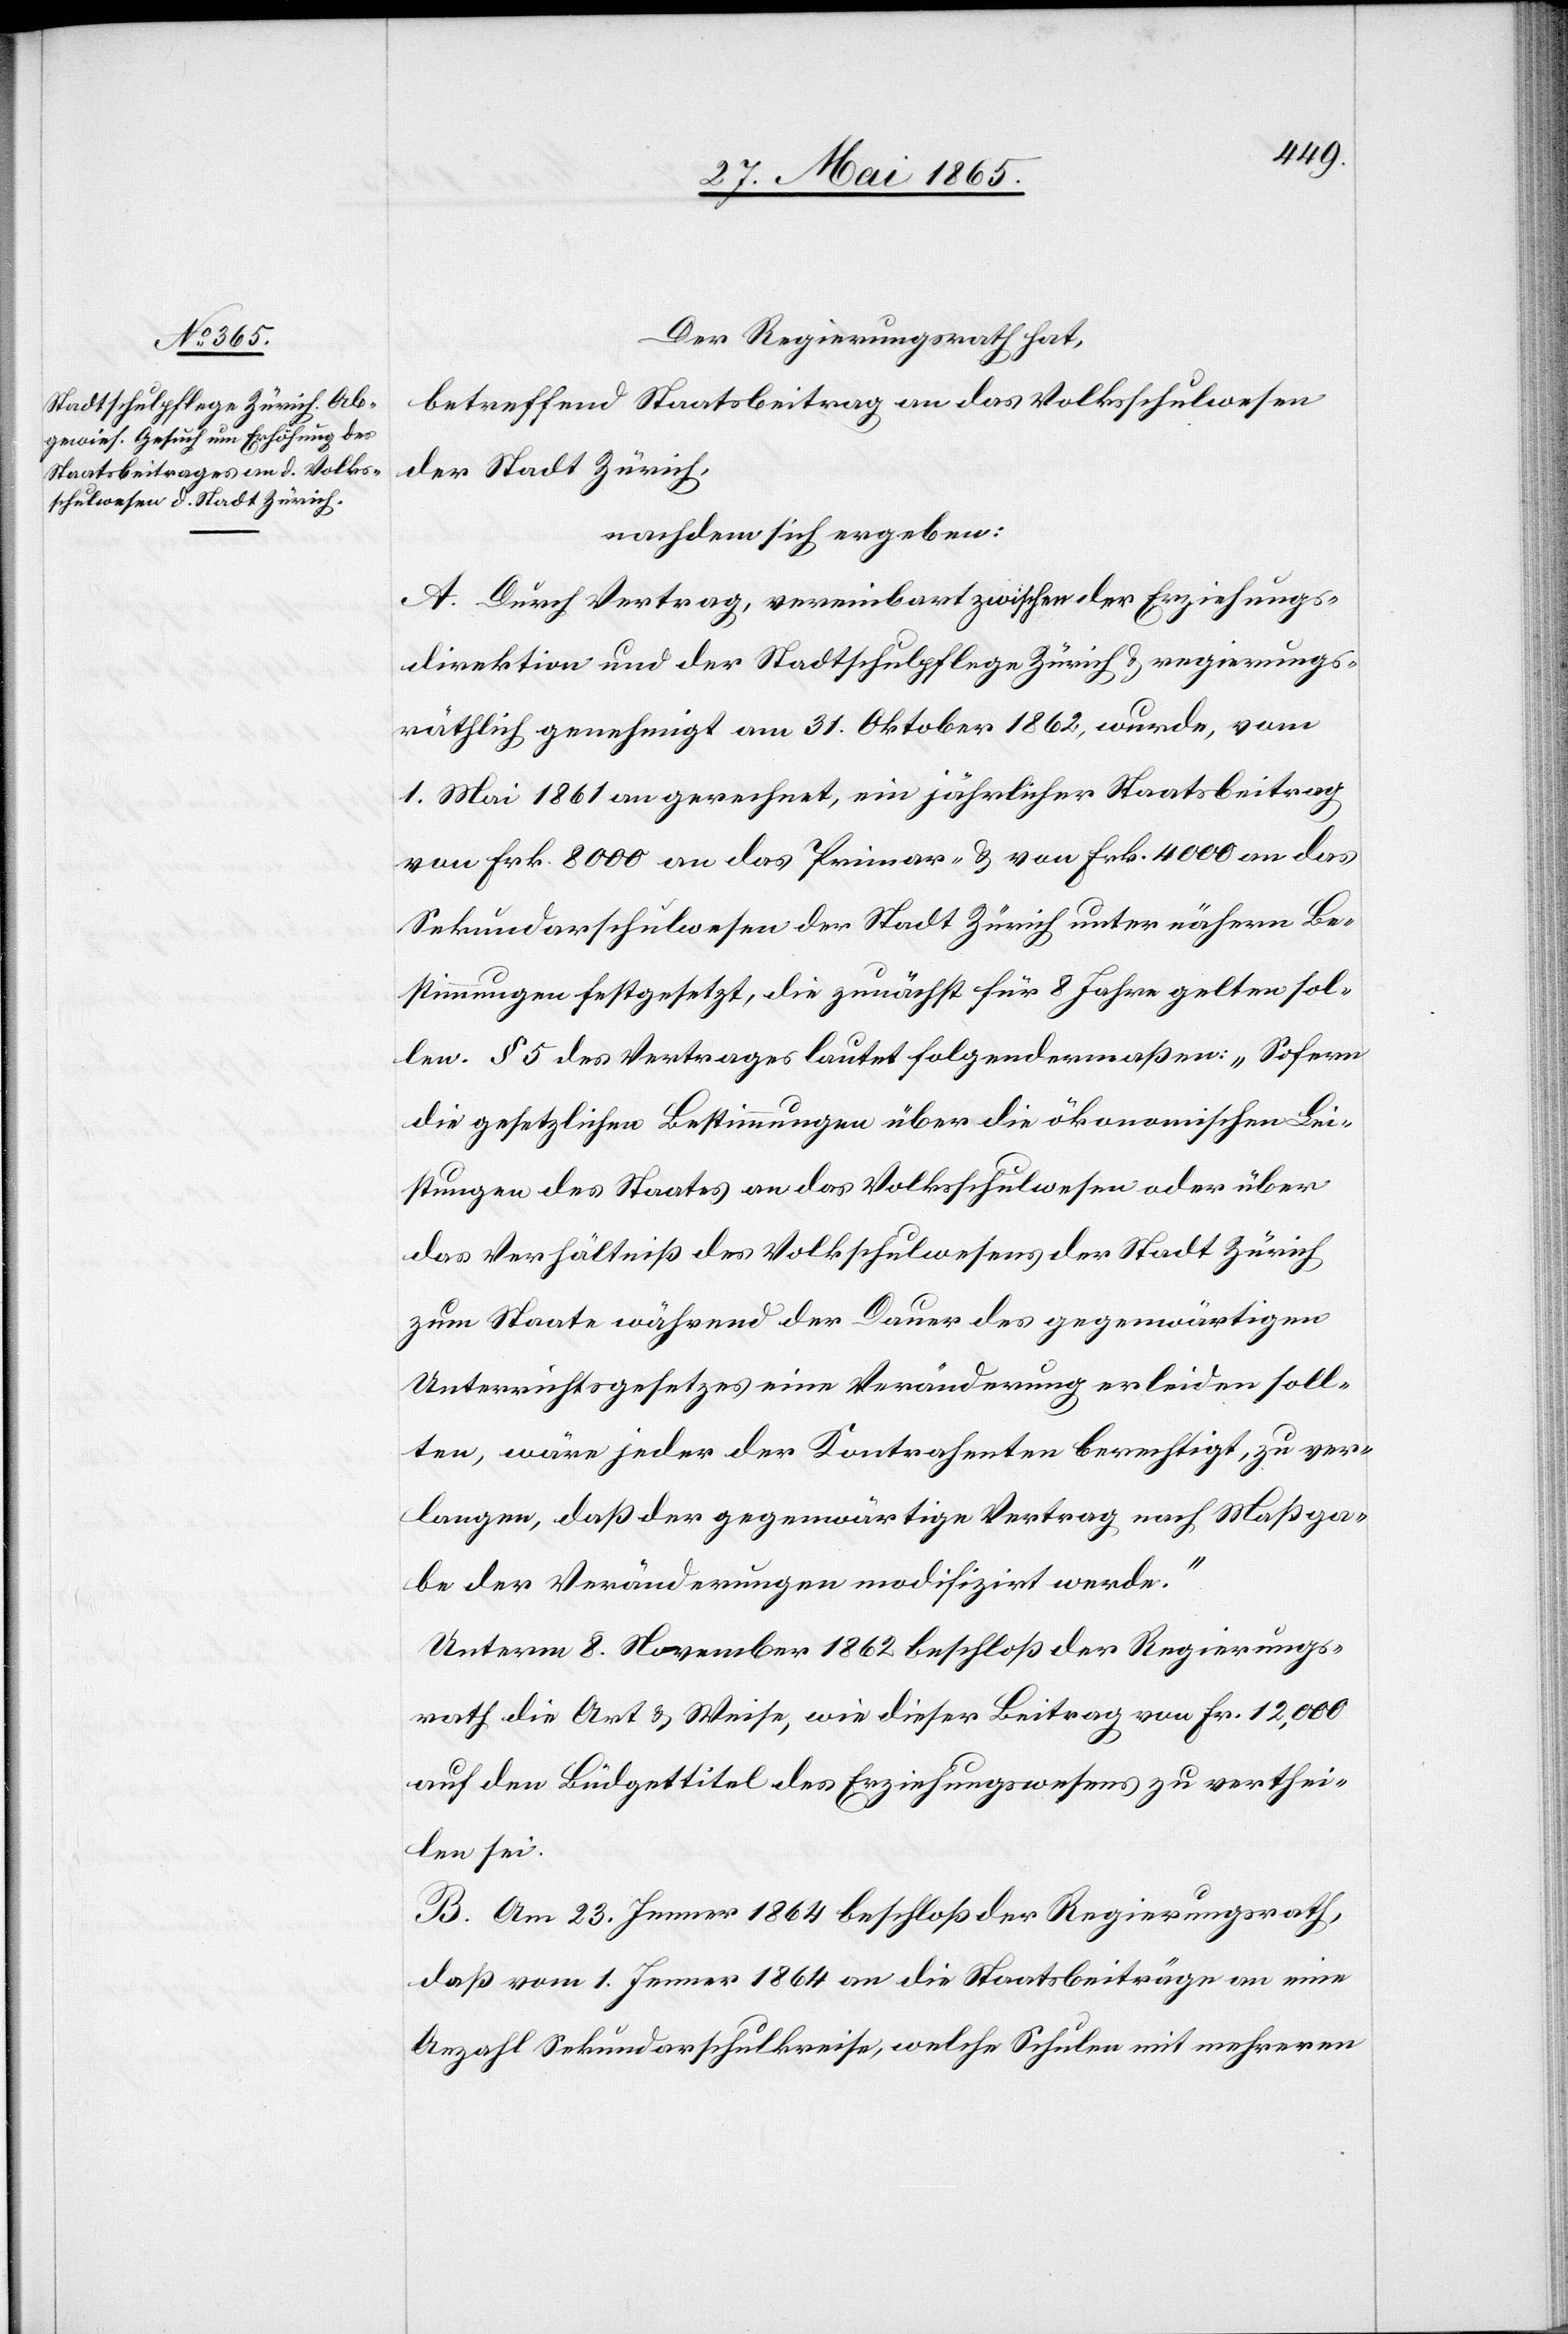
1862,

Der Regierungsrath hat,
betreffend Staatsbeitrag an das Volksschulwesen
der Stadt Zürich,
nachdem sich ergeben:
A. Durch Vertrag, vereinbart zwischen der Erziehungs¬
direktion und der Stadt Zürich & regierungsräthlich genehmigt
1. Mai 1861 an gerechnet, ein jährlicher Staatsbeitrag
von Frk. 8000 an das Primar- & von Frk. 4000 an das
Sekundarschulwesen der Stadt Zürich unter nähern Be¬
stimmungen festgesetzt, die zunächst für 8 Jahre gelten sol¬
len. § 5 des Vertrages lautet folgendermaßen: „Sofern
die gesetzlichen Bestimmungen über die ökonomischen Lei¬
stungen des Staates an das Volksschulwesen oder über
das Verhältniß des Volksschulwesens der Stadt Zürich
zum Staate während der Dauer des gegenwärtigen
Unterrichtsgesetzes eine Veränderung erleiden soll¬
ten, wäre jeder der Kontrahenten berechtigt, zu ver¬
langen, daß der gegenwärtige Vertrag nach Maßga¬
be der Veränderungen modifizirt werde.“
Unterm 8. November 1862 beschloß der Regierungs¬
rath die Art & Weise, wie dieser Beitrag von Fr. 12,000
auf den Büdgettitel des Erziehungswesens zu verthei¬
len sei.
B. Am 23. Jenner 1864 beschloß der Regierungsrath,
daß vom 1. Jenner 1864 an die Staatsbeiträge an eine
Anzahl Sekundarschulkreise, welche Schulen mit mehreren